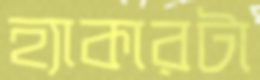
হ্যাকারটা